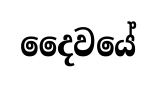
දෛවයේ